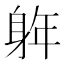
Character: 𮜵